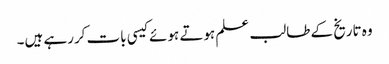
وہ تاریخ کے طالب علم ہوتے ہوئے کیسی بات کررہے ہیں۔